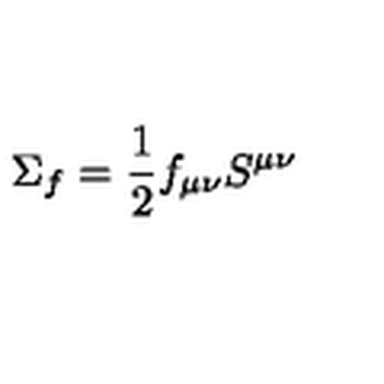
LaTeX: \Sigma _ { f } = \frac { 1 } { 2 } f _ { \mu \nu } S ^ { \mu \nu }